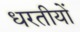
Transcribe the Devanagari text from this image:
धरतीयों